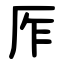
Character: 厏